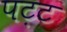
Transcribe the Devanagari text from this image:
पट़ट